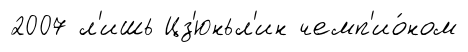
2007 л'ишь Цз'юньл'ин чемп'ио́ном